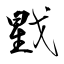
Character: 戥